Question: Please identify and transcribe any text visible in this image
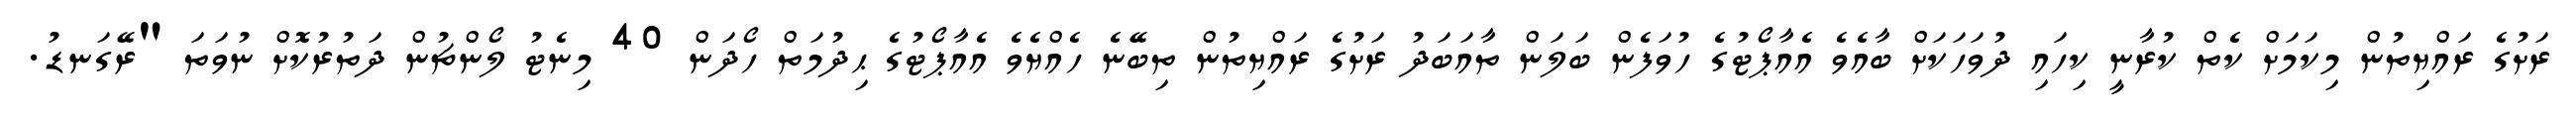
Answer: ރަށުގެ ރައްޔިތުން މިކަމަށް ކެތް ކުރާނީ ކިހައި ދުވަހަކަށް ބާއެވެ އެއާޕޯޓުގެ ހުވަފެން ބަލަން ތާއަބަދު ރަށުގެ ރައްޔިތުން ތިބޭނެ ހެއްޔެވެ އެއާޕޯޓުގެ ޙިދުމަތް ހޯދަން 40 މިނެޓު ލޯންޗުން ދަތުރުކޮށް ނުވަތަ "ރޭގަނޑު.